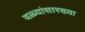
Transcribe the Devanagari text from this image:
वळ्यांसारख्या